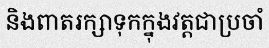
និងពាតរក្សាទុកក្នុងវត្តជាប្រចាំ